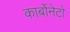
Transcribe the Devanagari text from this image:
कार्बोनेटो